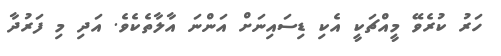
ހަރު ކުރެވޭ މީއްޗަކީ އެކި ޑިސައިނަށް އަންނަ އާލާތެކެވެ. އަދި މި ފަރުދާ